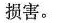
损害。